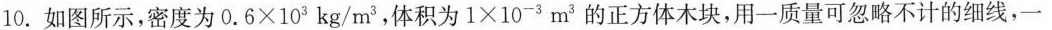
10.如图所示，密度为$$0.6×103kg/m3$$，体积为$$1×10-3m3$$的正方体木块，用一质量可忽略不计的细线，一